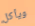
ويأكل